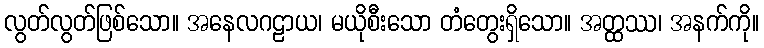
လွတ်လွတ်ဖြစ်သော။ အနေလဂဠာယ၊ မယိုစီးသော တံတွေးရှိသော။ အတ္ထဿ၊ အနက်ကို။